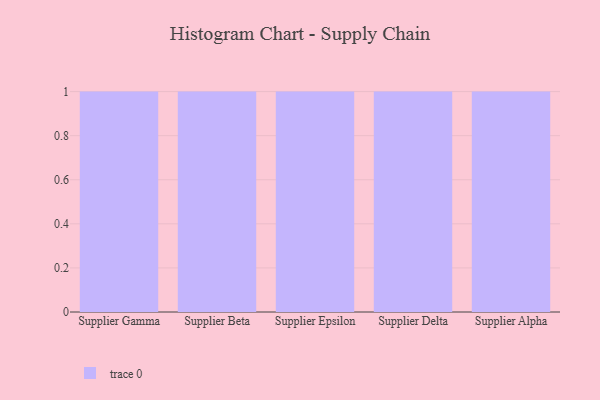
{"axis": {"x": "Supplier", "y": "Headcount"}, "legend": [""], "data": [{"x": "Supplier Gamma", "y": 51, "type": ""}, {"x": "Supplier Beta", "y": 5, "type": ""}, {"x": "Supplier Epsilon", "y": 87, "type": ""}, {"x": "Supplier Delta", "y": 48, "type": ""}, {"x": "Supplier Alpha", "y": 56, "type": ""}]}